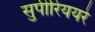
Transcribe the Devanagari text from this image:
सुपीरिययरे